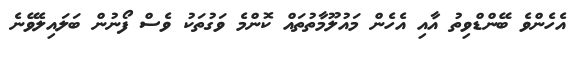
އެހެންވެ ބޭންޑްވިތު އާއި އެހެން މައުލޫމާތުތައް ކޮންމެ ވަގުތަކު ވެސް ފޯނުން ބަލައިލެވޭނެ